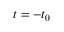
t = - t _ { 0 }